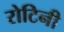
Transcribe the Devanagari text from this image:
रोटिनी